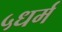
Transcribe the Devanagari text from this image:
५धर्म